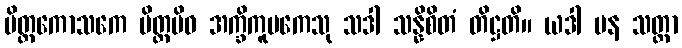
ပိတ္တကောသကေ ပိတ္တမိဝ အက္ခိကူပကေသု သဒါ သန္နိစိတံ တိဋ္ဌတိ။ ယဒါ ပန သတ္တာ